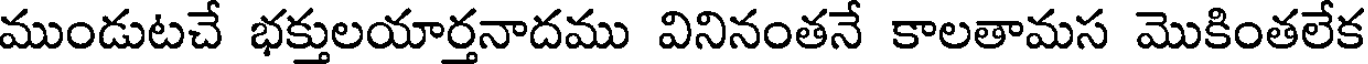
ముండుటచే భక్తులయార్తనాదము వినినంతనే కాలతామస మొకింతలేక